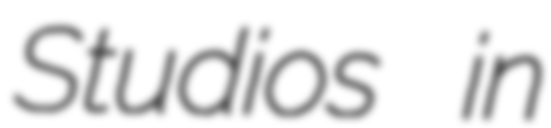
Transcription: Studios in